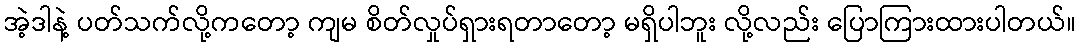
အဲ့ဒါနဲ့ ပတ်သက်လို့ကတော့ ကျမ စိတ်လှုပ်ရှားရတာတော့ မရှိပါဘူး လို့လည်း ပြောကြားထားပါတယ်။